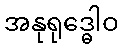
အနုရုဒ္ဓေါဝ